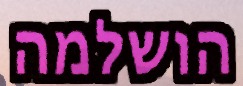
הושלמה